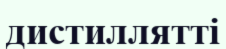
дистиллятті